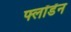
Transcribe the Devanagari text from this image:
फ्लॉडॅन